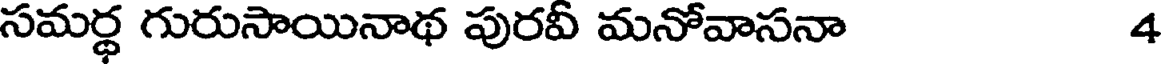
సమర్థ గురుసాయినాథ పురవీ మనోవాసనా 4